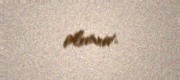
olunur.